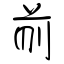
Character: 前